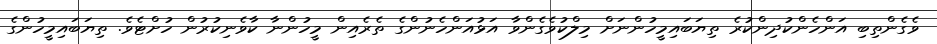
ވެގެންތިބި އަންހެންކުދިންކުރެ ތިޔަބައިމީހުންނަށް މިލްކުވެގެންވާ އަޅުއަންހެނުންގެ ތެރެއިން މީހުންނާ ކާވެނިކުރުން ހުށްޓެވެ. ތިޔަބައިމީހުންގެ